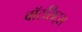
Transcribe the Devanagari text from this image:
वॉटसिट्स